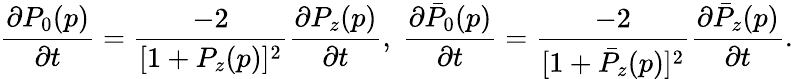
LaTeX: {\frac{\partial P_{0}(p)}{\partial t}}={\frac{-2}{[1+P_{z}(p)]^{2}}}{\frac{\partial P_{z}(p)}{\partial t}},\ {\frac{\partial\bar{P}_{0}(p)}{\partial t}}={\frac{-2}{[1+\bar{P}_{z}(p)]^{2}}}{\frac{\partial\bar{P}_{z}(p)}{\partial t}}.